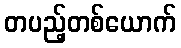
တပည့်တစ်ယောက်